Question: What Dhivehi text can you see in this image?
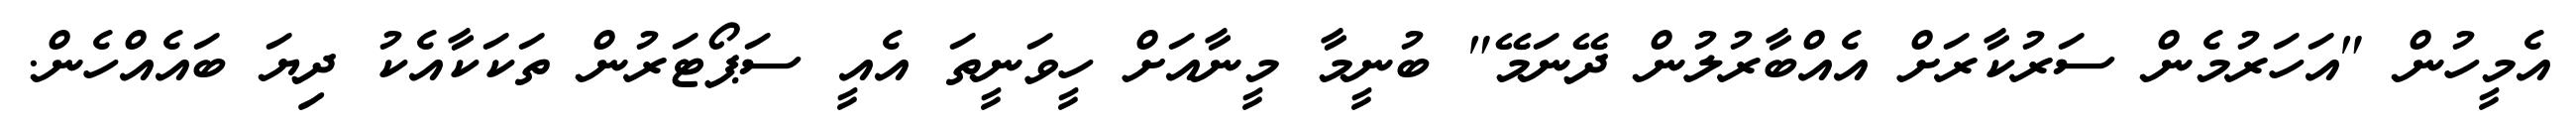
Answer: އެމީހުން "އަހަރުމެން ސަރުކާރަށް އެއްބާރުލުން ދޭނަމޭ" ބުނީމާ މީނާއަށް ހީވަނީތަ އެއީ ސަޕޯޓަރުން ތަކަކާއެކު ދިޔަ ބައެއްހެން.